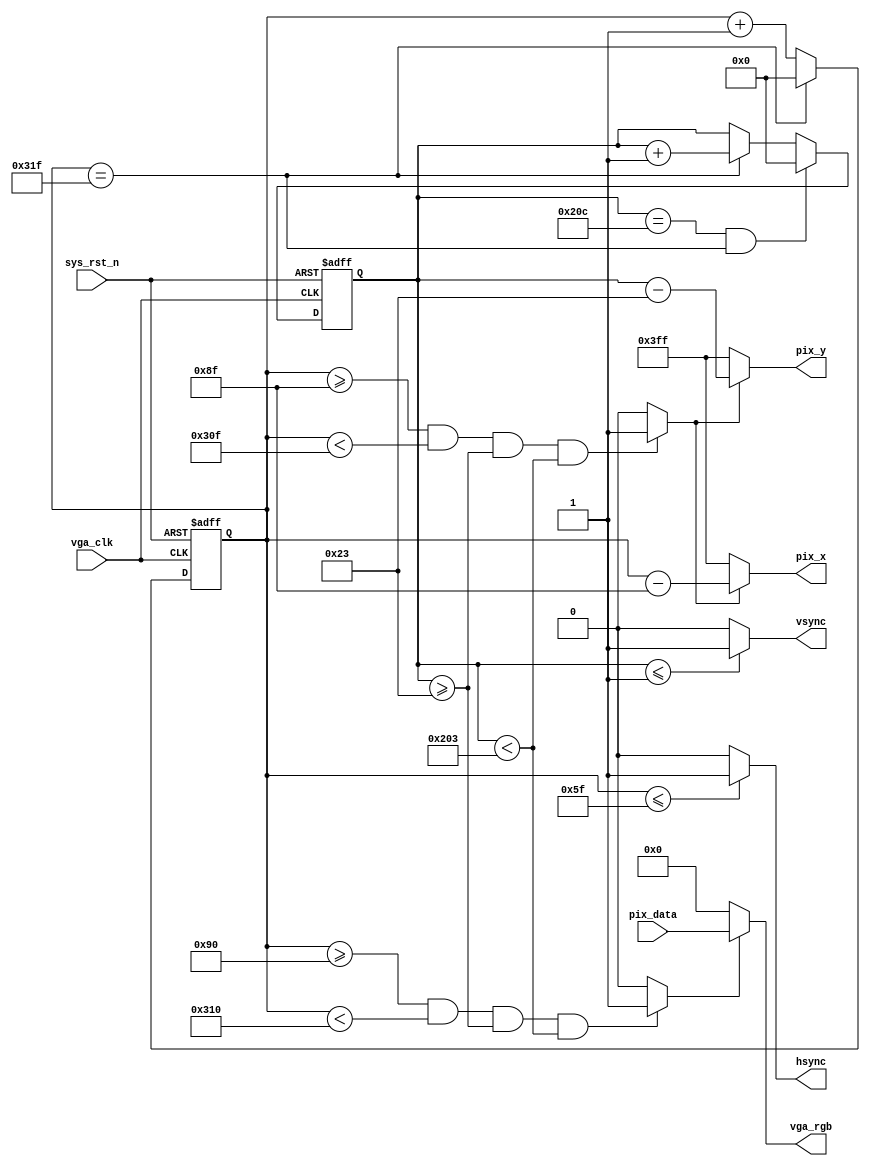
module  vga_ctrl
(
    input   wire            vga_clk     ,
    input   wire            sys_rst_n   ,
    input   wire    [15:0]  pix_data    ,

    output  wire    [9:0]   pix_x       ,
    output  wire    [9:0]   pix_y       ,
    output  wire            hsync       ,
    output  wire            vsync       ,
    output  wire    [15:0]  vga_rgb

);

parameter   H_SYNC  = 10'd96 ,
            H_BACK  = 10'd40 ,
            H_LEFT  = 10'd8  ,
            H_VALID = 10'd640,
            H_RIGHT = 10'd8  ,
            H_FRONT = 10'd8  ,
            H_TOTAL = 10'd800;

parameter   V_SYNC  = 10'd2  ,
            V_BACK  = 10'd25 ,
            V_TOP   = 10'd8  ,
            V_VALID = 10'd480,
            V_BOTTOM= 10'd8  ,
            V_FRONT = 10'd2  ,
            V_TOTAL = 10'd525;

reg     [9:0]   cnt_h       ;
reg     [9:0]   cnt_v       ;
wire            pix_data_req;
wire            rgb_valid   ;

always@(posedge vga_clk or negedge sys_rst_n)
    if(sys_rst_n == 1'b0)
        cnt_h   <=  10'd0;
    else    if(cnt_h == H_TOTAL - 1'b1)
        cnt_h   <=  10'd0;
    else
        cnt_h   <=  cnt_h + 1'b1;

always@(posedge vga_clk or negedge sys_rst_n)
    if(sys_rst_n == 1'b0)
        cnt_v   <=  10'd0;
    else    if((cnt_v == V_TOTAL - 1'b1) && (cnt_h == H_TOTAL - 1'b1))
        cnt_v   <=  10'd0;
    else    if(cnt_h == H_TOTAL - 1'b1)
        cnt_v   <=  cnt_v + 1'b1;
    else
        cnt_v   <=  cnt_v;

assign rgb_valid = ((cnt_h >= H_SYNC + H_BACK + H_LEFT) 
                    && (cnt_h < H_SYNC + H_BACK + H_LEFT + H_VALID)
                    &&(cnt_v >= V_SYNC + V_BACK + V_TOP)
                    &&(cnt_v < V_SYNC + V_BACK + V_TOP + V_VALID))
                    ? 1'b1 : 1'b0;

assign pix_data_req = ((cnt_h >= H_SYNC + H_BACK + H_LEFT - 1'b1) 
                    && (cnt_h < H_SYNC + H_BACK + H_LEFT + H_VALID - 1'b1)
                    &&(cnt_v >= V_SYNC + V_BACK + V_TOP)
                    &&(cnt_v < V_SYNC + V_BACK + V_TOP + V_VALID))
                    ? 1'b1 : 1'b0;

assign pix_x = (pix_data_req == 1'b1) ? (cnt_h - (H_SYNC + H_BACK + H_LEFT - 1'b1)) : 10'h3ff;

assign pix_y = (pix_data_req == 1'b1) ? (cnt_v - (V_SYNC + V_BACK + V_TOP)) : 10'h3ff;

assign hsync = (cnt_h <= H_SYNC - 1'b1) ? 1'b1 : 1'b0;

assign vsync = (cnt_v <= V_SYNC - 1'b1) ? 1'b1 : 1'b0;

assign vga_rgb = (rgb_valid == 1'b1) ? pix_data : 16'h0000;

endmodule